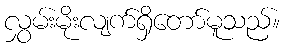
လွှမ်းမိုးလျက်ရှိတော်မူသည်။